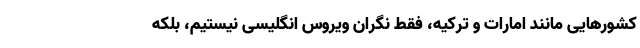
کشورهایی مانند امارات و ترکیه، فقط نگران ویروس انگلیسی نیستیم، بلکه